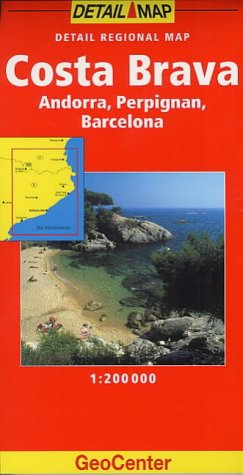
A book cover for Costa Brava/Andorra (GeoCenter Detail Map); Travel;